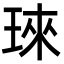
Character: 琜